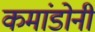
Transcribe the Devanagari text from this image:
कमांडोनी